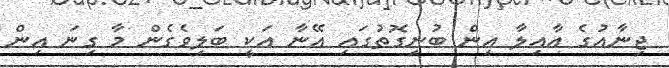
ޖިނާއުގެ އާއިލާ އިން ބުނިގޮތުގައި އޭނާ އަކީ ބަލިވެގެން މާ ގިނަ އިން